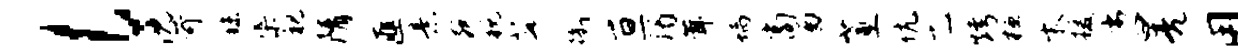
l沈苛秣渠视隋匪意宛税茆衢亘谒茸螭商酒蕙伉乙烤桓木援劣曰亮用